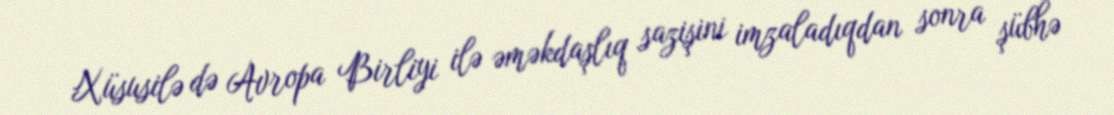
Xüsusilə də Avropa Birliyi ilə əməkdaşlıq sazişini imzaladıqdan sonra şübhə